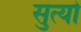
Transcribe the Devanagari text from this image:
सुत्यो